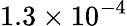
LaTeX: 1.3\times 10^{-4}